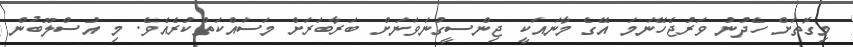
މިގޮތަށް ހެދުނު ވަރުޖެހޭނަމަ އޭގެ މާނައަކީ ޖިންސީގުނަވަނަށް ބަރާބަރަށް މަސައްކަތްކުރެއެވެ. މި އުސްލޫބުން